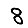
Digit: 8